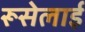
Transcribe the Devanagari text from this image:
रूसेलाई